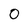
Character: 0